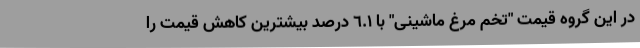
در این گروه قیمت "تخم مرغ ماشینی" با ٦.١ درصد بیشترین کاهش قیمت را